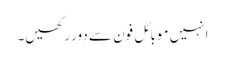
انہیں موبائل فون سے دور رکھیں۔